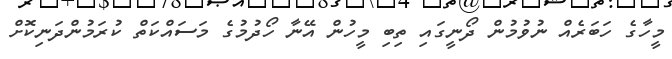
މީހާގެ ހަބަރެއް ނުވުމުން ދޯނީގައި ތިބި މީހުން އޭނާ ހޯދުމުގެ މަސައްކަތް ކުރަމުންދަނިކޮށް